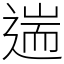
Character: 遄